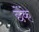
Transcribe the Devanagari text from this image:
छेंके